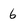
Character: 6